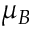
\mu _ { B }